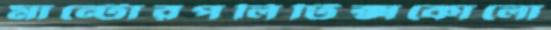
মান্টোরপলিটিক্সকোলো